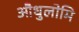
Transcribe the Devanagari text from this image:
औधुलोमि